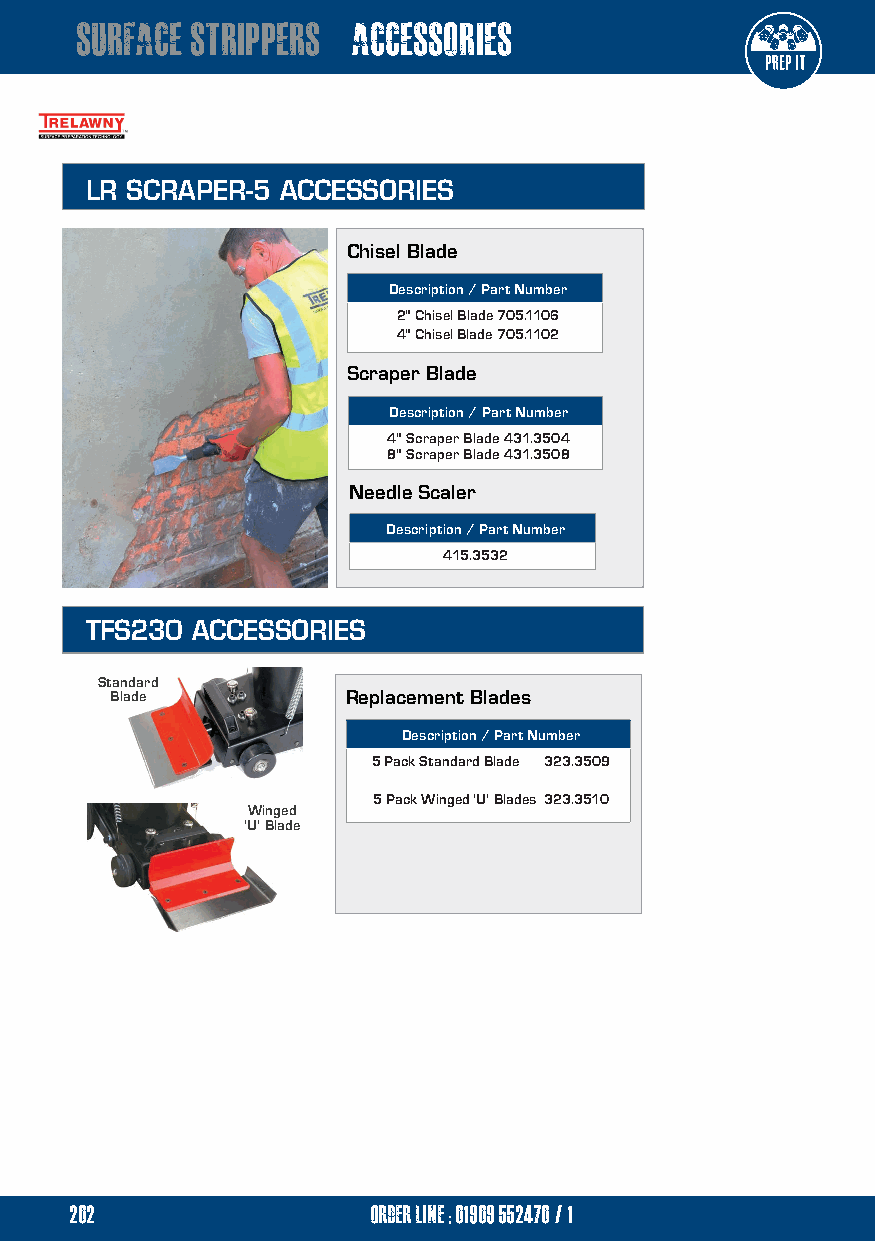
surface strippers accessories
 LR SCRAPER-5 ACCESSORIES
 Chisel Blade
 Description / Part Number
 2" Chisel Blade 705.1106
 4" Chisel Blade 705.1102
 Scraper Blade
 Description / Part Number
 4" Scraper Blade 431.3504
 8" Scraper Blade 431.3508
 Needle Scaler
 Description / Part Number
 415.3532
 TFS230 ACCESSORIES
 Standard
 Blade           Replacement Blades
 Description / Part Number
 5 Pack Standard Blade 323.3509
 5 Pack Winged 'U' Blades 323.3510
 Winged
 'U' Blade
 petrol
 electric
 202                 order line ; 01909 552470/1